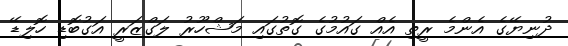
ދުނިޔޭގެ އެންމެ ރީތި އެއް ގައުމުގެ ގޮތުގައި މަޝްހޫރު ލަގްޒަރީ އަގުބޮޑި ހޮލިޑޭ